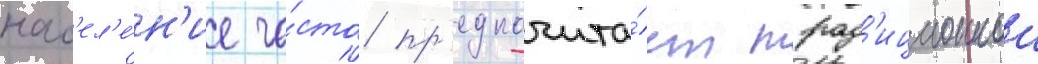
нас'ел'е́н'ие ча́сто пр'едпочита́ет трад'иционнои